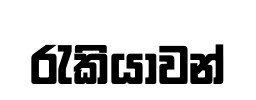
රැකියාවන්